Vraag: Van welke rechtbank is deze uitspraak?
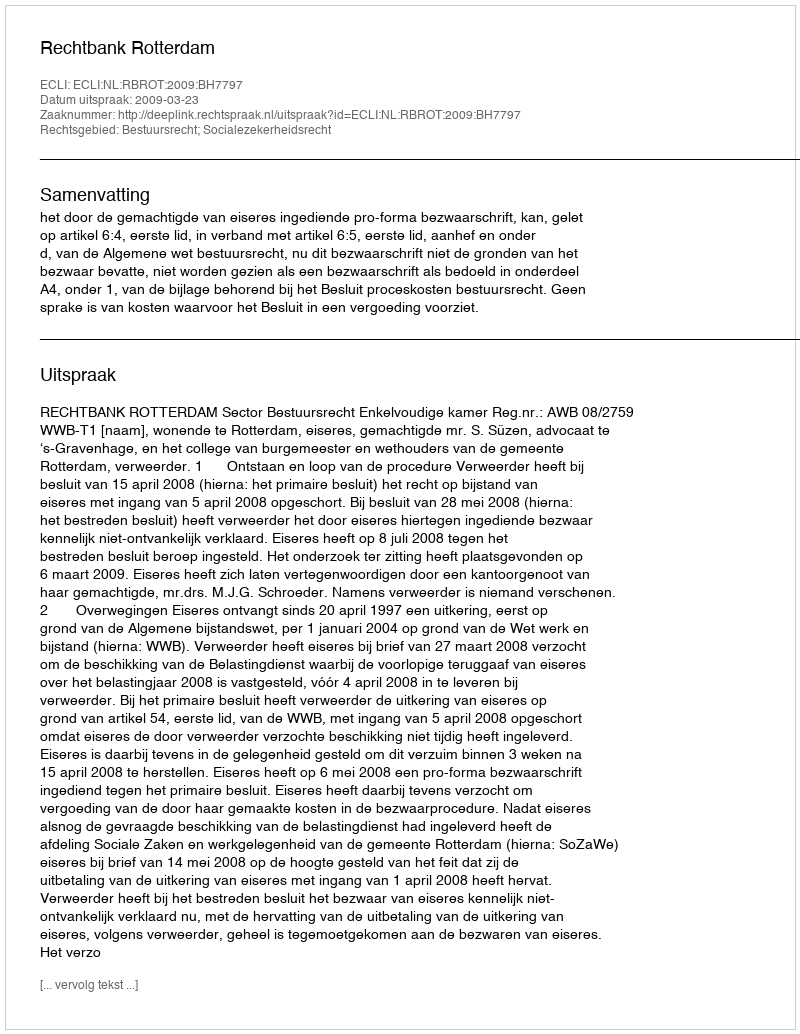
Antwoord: Rechtbank Rotterdam